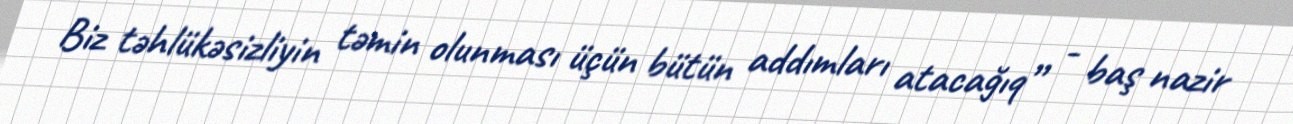
Biz təhlükəsizliyin təmin olunması üçün bütün addımları atacağıq” - baş nazir